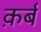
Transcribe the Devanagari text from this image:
क़र्ब